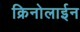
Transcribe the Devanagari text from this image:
क्रिनोलाईन